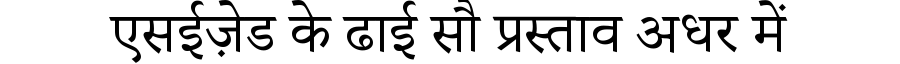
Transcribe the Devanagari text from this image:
एसईज़ेड के ढाई सौ प्रस्ताव अधर में